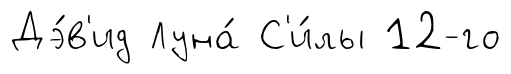
Дэ́в'ид Луна́ С'и́лы 12-го